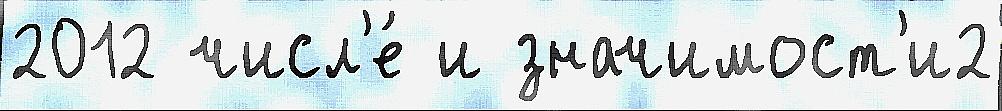
2012 числ'е́ и значимост'и2